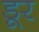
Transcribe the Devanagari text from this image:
डूर